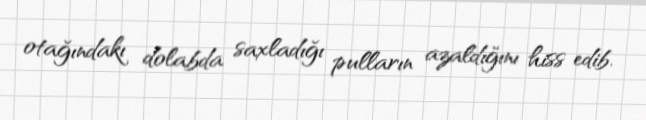
otağındakı dolabda saxladığı pulların azaldığını hiss edib.